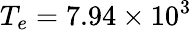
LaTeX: T_{e}=7.94\times 10^{3}